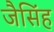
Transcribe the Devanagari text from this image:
जैसिंह